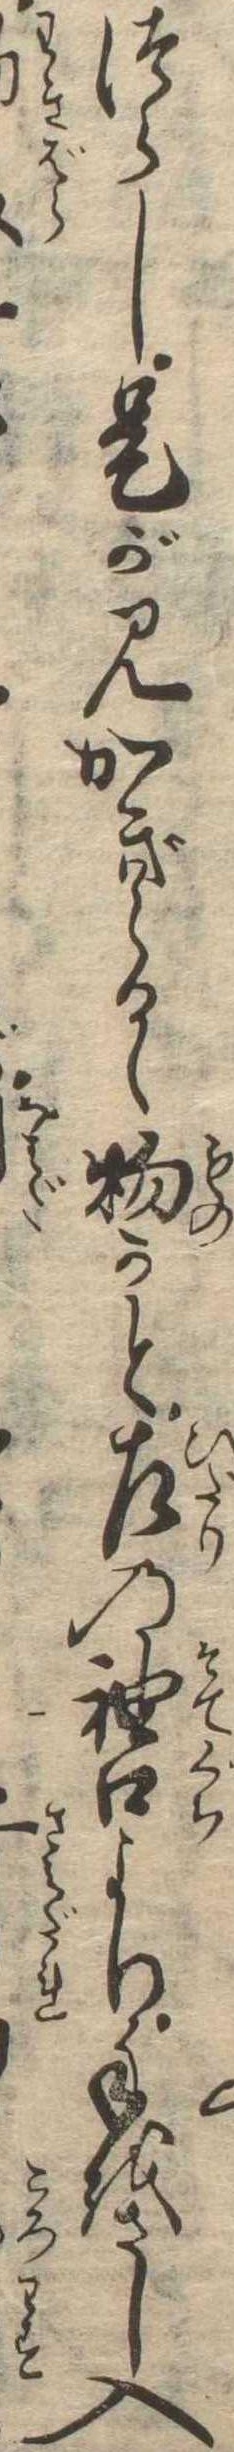
つらし是が見かぎらるゝ物かと左の袖口より手をさし入